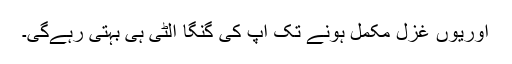
اوریوں غزل مکمل ہونے تک آپ کی گنگا اُلٹی ہی بہتی رہےگی۔